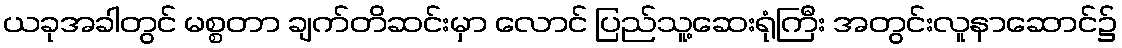
ယခုအခါတွင် မစ္စတာ ချက်တိဆင်းမှာ လောင် ပြည်သူ့ဆေးရုံကြီး အတွင်းလူနာဆောင်၌